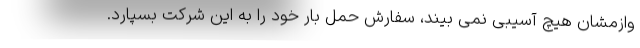
وازمشان هیچ آسیبی نمی بیند، سفارش حمل بار خود را به این شرکت بسپارد.